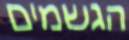
הגשמים